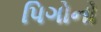
પિગોનો